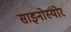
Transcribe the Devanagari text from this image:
साइनोस्योर